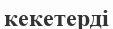
кекетерді